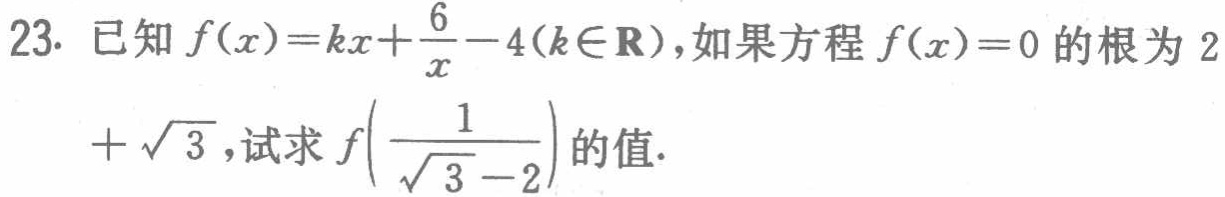
23. 已知\(f(x)=kx+\frac{6}{x}-4(k\in\mathbf{R})\)，如果方程\(f(x)=0\)的根为\(2+\sqrt{3}\)，试求\(f(\frac{1}{\sqrt{3}-2})\)的值.